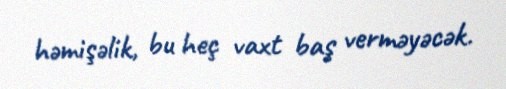
həmişəlik, bu heç vaxt baş verməyəcək.